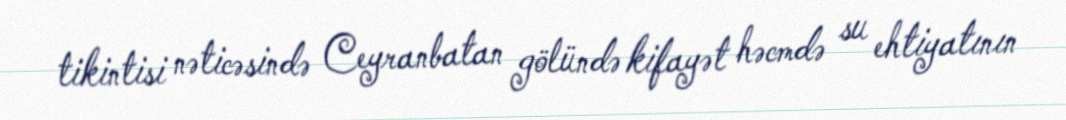
tikintisi nəticəsində Ceyranbatan gölündə kifayət həcmdə su ehtiyatının